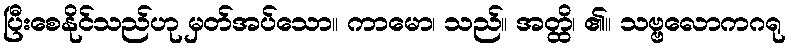
ပြီးစေနိုင်သည်ဟု မှတ်အပ်သော။ ကာမော၊ သည်။ အတ္ထိ၊ ၏။ သဗ္ဗလောကဂရု